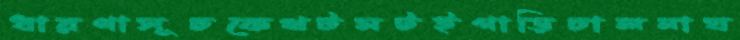
ধারণাসূচকেখটমটইগাড়িচালনাঘ